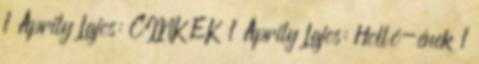
1 Áprily Lajos: CINKÉK 1 Áprily Lajos: Holló-ének 1